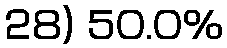
28) 50.0%